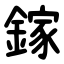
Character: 鎵